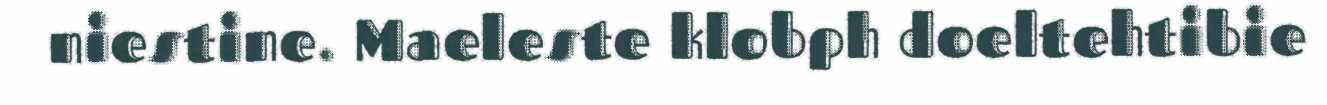
niestine. Maeleste klobph doeltehtibie